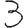
Digit: 3